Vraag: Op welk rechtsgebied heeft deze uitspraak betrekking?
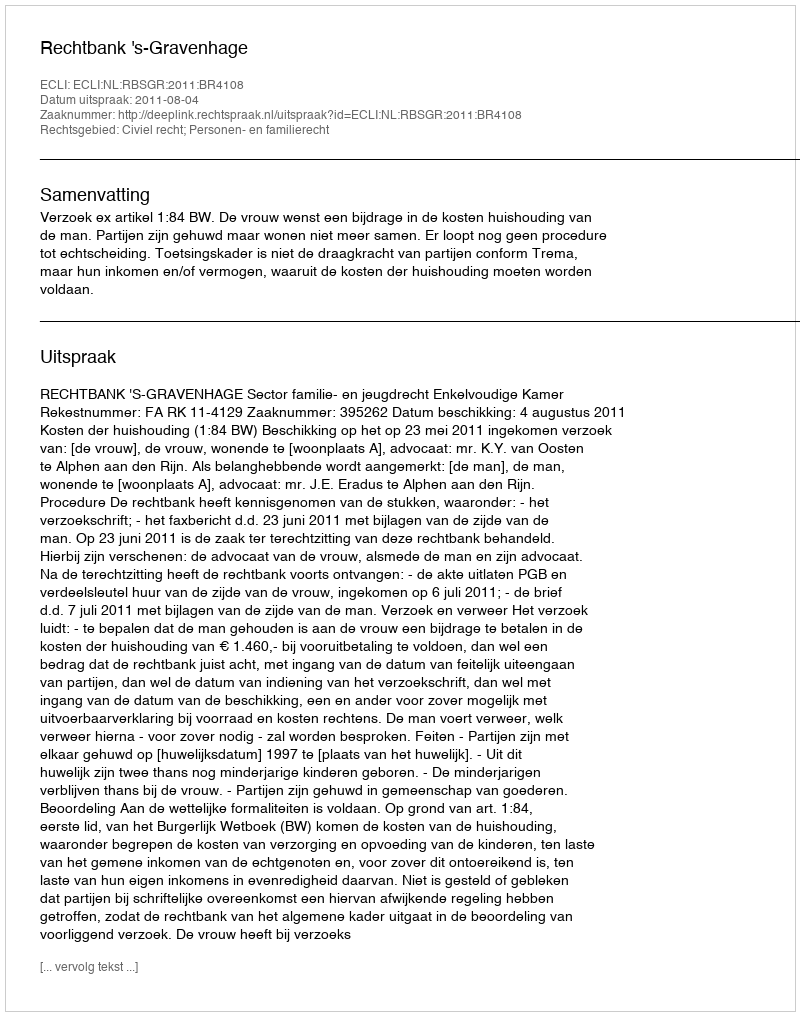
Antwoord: Civiel recht; Personen- en familierecht